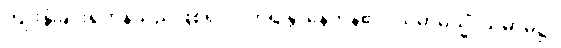
ကျိုးနွံခြင်းရှိကုန်သည်ဖြစ်၍။ ဝိဟရန္တိ၊ နေကုန်၏။ သမာဓိသ္မိံ၊ သမာဓိ၌။